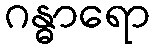
ဂန္ဓာရော